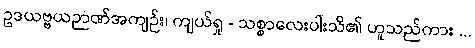
ဥဒယဗ္ဗယဉာဏ်အကျဉ်း၊ ကျယ်ရှု - သစ္စာလေးပါးသိ၏ ဟူသည်ကား ...